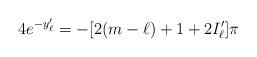
LaTeX: \begin{align*}4e^{-y'_\ell} =- [2(m-\ell)+1+2I_\ell']\pi\end{align*}